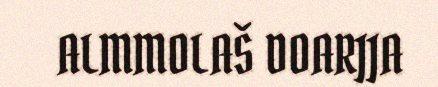
ALMMOLAŠ DOARJJA